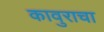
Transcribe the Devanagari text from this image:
कावुराचा